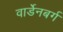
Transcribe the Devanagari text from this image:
वार्डेनबर्ग